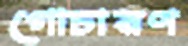
গোচারণ